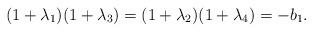
LaTeX: \begin{align*} (1+\lambda_1)(1+\lambda_3)=(1+\lambda_2)(1+\lambda_4)=-b_1. \end{align*}